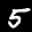
Label: 5